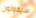
سيقولون